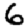
Digit: 6